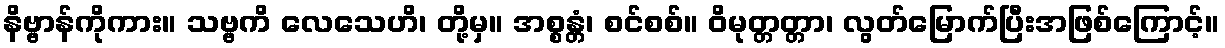
နိဗ္ဗာန်ကိုကား။ သဗ္ဗကိ လေသေဟိ၊ တို့မှ။ အစ္စန္တံ၊ စင်စစ်။ ဝိမုတ္တတ္တာ၊ လွတ်မြောက်ပြီးအဖြစ်ကြောင့်။